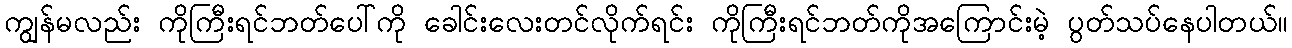
ကျွန်မလည်း ကိုကြီးရင်ဘတ်ပေါ်ကို ခေါင်းလေးတင်လိုက်ရင်း ကိုကြီးရင်ဘတ်ကိုအကြောင်းမဲ့ ပွတ်သပ်နေပါတယ်။